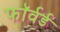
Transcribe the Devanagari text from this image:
फाॅर्वर्ड